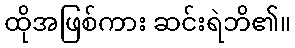
ထိုအဖြစ်ကား ဆင်းရဲဘိ၏။